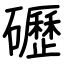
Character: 礰